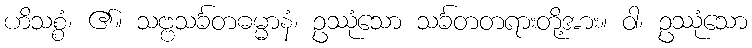
ဟိသစ္စံ၊ ၏။ သဗ္ဗသင်္ခတဓမ္မာနံ၊ ဥဿုံသော သင်္ခတတရားတို့အား။ ဝါ၊ ဥဿုံသော